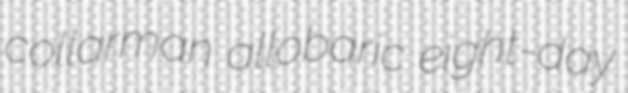
collarman allobaric eight-day